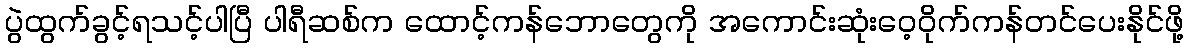
ပွဲထွက်ခွင့်ရသင့်ပါပြီ ပါရီဆစ်က ထောင့်ကန်ဘောတွေကို အကောင်းဆုံးဝေ့ဝိုက်ကန်တင်ပေးနိုင်ဖို့